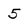
Character: 5